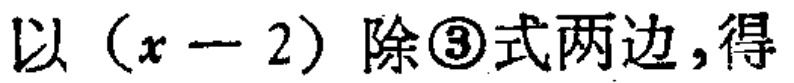
以\((x - 2)\)除\textcircled{3}式两边,得